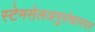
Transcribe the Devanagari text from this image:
स्टेमसेलअनुसंधानपर